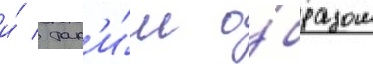
и́ / так'и́м о́бразом